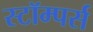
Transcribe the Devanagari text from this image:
स्टॉम्पर्स